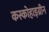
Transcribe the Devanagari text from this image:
कस्कोहाइग्रीन